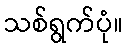
သစ်ရွက်ပုံ။